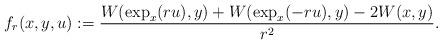
LaTeX: \begin{align*} f_r(x,y,u) : = \frac{W(\exp_x(ru),y) + W(\exp_x(-ru),y) - 2W(x,y)}{r^2}.\end{align*}